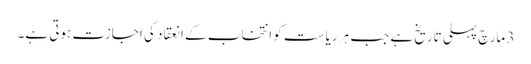
3 مارچ پہلی تاریخ ہے جب ہر ریاست کو انتخاب کے انعقاد کی اجازت ہوتی ہے۔